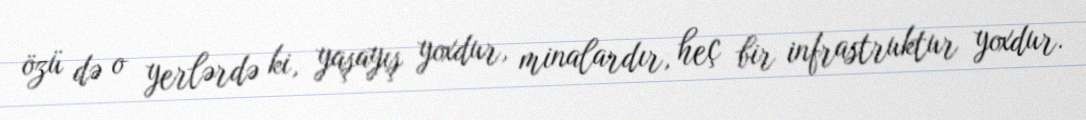
özü də o yerlərdə ki, yaşayış yoxdur, minalardır, heç bir infrastruktur yoxdur.